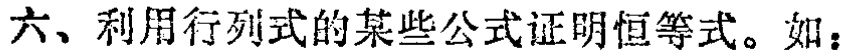
六、利用行列式的某些公式证明恒等式。如：